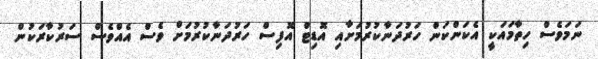
ނަމަވެސް ހިތާމައަކީ އެކަންކަން ހަރުދަނާކުރުމަށާއި އޮޑިޓް އޮފިސް ހަރުދަނާކުރުމަށް ވެސް އެއްވެސް ސަރުކާރަކުން